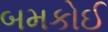
બમકોઈ